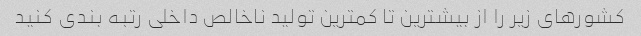
کشورهای زیر را از بیشترین تا کمترین تولید ناخالص داخلی رتبه بندی کنید